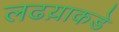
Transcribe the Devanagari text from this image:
लढय़ाकडे